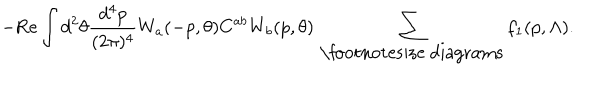
LaTeX: - \mathrm { R e } \int d ^ { 2 } \theta \frac { d ^ { 4 } p } { ( 2 \pi ) ^ { 4 } } W _ { a } ( - p , \theta ) C ^ { a b } W _ { b } ( p , \theta ) \, \sum _ { \mathrm { \footnotesize ~ d i a g r a m s } } f _ { 1 } ( p , \Lambda ) .